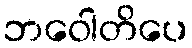
ဘဝေါတိပေ